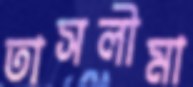
তাসলীমা